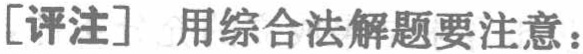
[评注] 用综合法解题要注意：